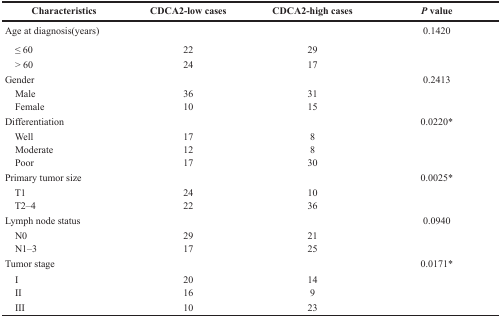
<table><thead><tr><td><b>Characteristics</b></td><td><b>CDCA2-low cases</b></td><td><b>CDCA2-high cases</b></td><td><b><i>P</i> value</b></td></tr></thead><tbody><tr><td>Age at diagnosis(years)</td><td></td><td></td><td>0.1420</td></tr><tr><td> ≤ 60</td><td>22</td><td>29</td><td></td></tr><tr><td> &gt; 60</td><td>24</td><td>17</td><td></td></tr><tr><td>Gender</td><td></td><td></td><td>0.2413</td></tr><tr><td> Male</td><td>36</td><td>31</td><td></td></tr><tr><td> Female</td><td>10</td><td>15</td><td></td></tr><tr><td>Differentiation</td><td></td><td></td><td>0.0220*</td></tr><tr><td> Well</td><td>17</td><td>8</td><td></td></tr><tr><td> Moderate</td><td>12</td><td>8</td><td></td></tr><tr><td> Poor</td><td>17</td><td>30</td><td></td></tr><tr><td>Primary tumor size</td><td></td><td></td><td>0.0025*</td></tr><tr><td> T1</td><td>24</td><td>10</td><td></td></tr><tr><td> T2–4</td><td>22</td><td>36</td><td></td></tr><tr><td>Lymph node status</td><td></td><td></td><td>0.0940</td></tr><tr><td> N0</td><td>29</td><td>21</td><td></td></tr><tr><td> N1–3</td><td>17</td><td>25</td><td></td></tr><tr><td>Tumor stage</td><td></td><td></td><td>0.0171*</td></tr><tr><td> I</td><td>20</td><td>14</td><td></td></tr><tr><td> II</td><td>16</td><td>9</td><td></td></tr><tr><td> III</td><td>10</td><td>23</td><td></td></tr></tbody></table>